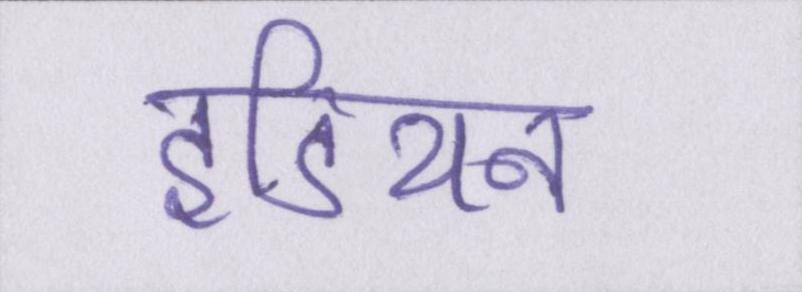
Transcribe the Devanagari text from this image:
इंडियन